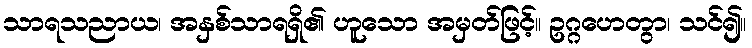
သာရသညာယ၊ အနှစ်သာရရှိ၏ ဟူသော အမှတ်ဖြင့်။ ဥဂ္ဂဟေတွာ၊ သင်၍။